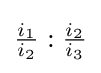
{\tfrac {i_{1}}{i_{2}}}:{\tfrac {i_{2}}{i_{3}}}